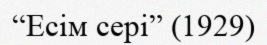
“Есім сері” (1929)